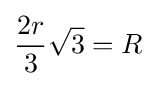
{\frac {2r}{3}}{\sqrt {3}}=R\!